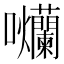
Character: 𭍗